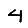
Digit: 4